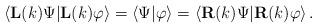
LaTeX: \begin{align*}\left\langle \mathbf{L}(k)\Psi|\mathbf{L}(k)\varphi\right\rangle =\left\langle \Psi|\varphi\right\rangle =\left\langle \mathbf{R}(k)\Psi|\mathbf{R}(k)\varphi\right\rangle.\end{align*}